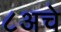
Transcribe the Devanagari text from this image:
८अचे